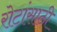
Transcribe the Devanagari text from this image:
रोटांसाठी